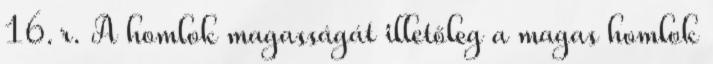
16. r. A homlok magasságát illetőleg a magas homlok